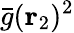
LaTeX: \bar{g}({\mathbf{r}_{2}})^{2}